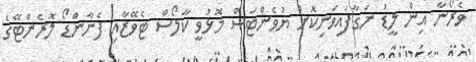
ވެރޯނާ އިން ލީޑު ނަގާފައިވަނިކޮށް ޔުވެންޓަސް މޮޅުވީ ކާލޯސް ޓެވޭޒާއި ފެނާންޑޯ ލޮރެންޓޭގެ